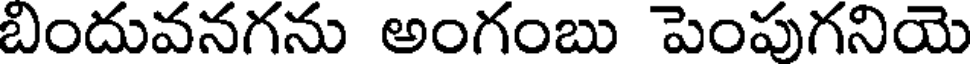
బిందువనగను అంగంబు పెంపుగనియె